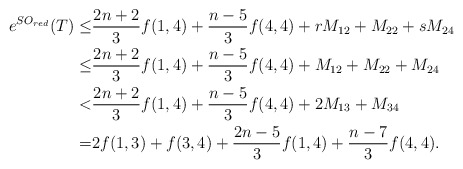
\begin{align*}e^{SO_{red}}(T)\le &\frac{2n+2}{3}f(1,4)+\frac{n-5}{3}f(4,4)+r M_{12}+M_{22}+s M_{24}\\\le &\frac{2n+2}{3}f(1,4)+\frac{n-5}{3}f(4,4)+M_{12}+M_{22}+ M_{24}\\< &\frac{2n+2}{3}f(1,4)+\frac{n-5}{3}f(4,4)+2M_{13}+M_{34}\\=&2f(1,3)+f(3,4)+\frac{2n-5}{3}f(1,4)+\frac{n-7}{3}f(4,4).\end{align*}